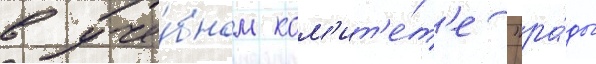
в уче́бном ком'ит'е́т'е "ра́ды